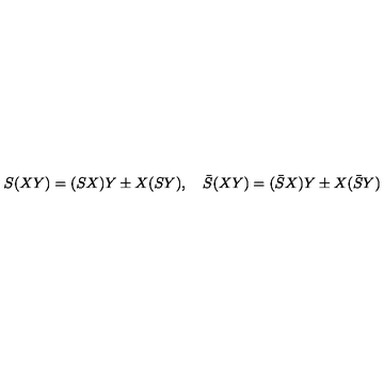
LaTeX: S ( X Y ) = ( S X ) Y \pm X ( S Y ) , \quad \bar { S } ( X Y ) = ( \bar { S } X ) Y \pm X ( \bar { S } Y )